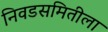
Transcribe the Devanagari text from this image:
निवडसमितीला